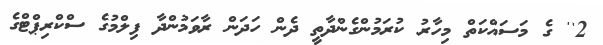
2'' ގެ މަސައްކަތް މިހާރު ކުރަމުންގެންދާތީ ދެން ހަދަން ރާވަމުންދާ ފިލްމުގެ ސްކްރިޕްޓްގެ